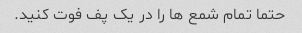
حتما تمام شمع ها را در یک پف فوت کنید.